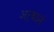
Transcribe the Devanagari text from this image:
अर्थानं